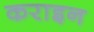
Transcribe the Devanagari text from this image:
कराइन